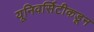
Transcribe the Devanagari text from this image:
यूनिवर्सिटीकडून